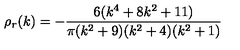
\rho _ { r } ( k ) = - { \frac { 6 ( k ^ { 4 } + 8 k ^ { 2 } + 1 1 ) } { \pi ( k ^ { 2 } + 9 ) ( k ^ { 2 } + 4 ) ( k ^ { 2 } + 1 ) } }